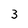
Character: 3